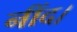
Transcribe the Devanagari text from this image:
नींद।